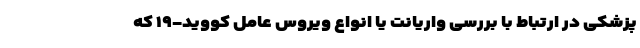
پزشکی در ارتباط با بررسی واریانت یا انواع ویروس عامل کووید-۱۹ که